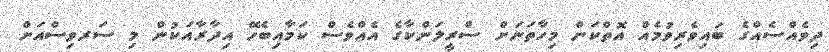
ދިވެއްސެއްގެ ބައިވެރިވުމެއް އޮތްކަން މިހާތަނަށް ސްރީލަންކާގެ އެއްވެސް ކަމާއިބެހޭ އިދާރާއަކުން މި ސަރވިސްއަށް